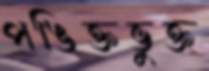
পঙিক্তভুক্ত